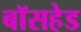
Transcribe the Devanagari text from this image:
बॉसहेड